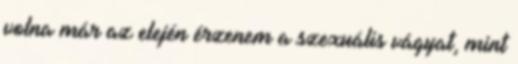
volna már az elején érzenem a szexuális vágyat, mint